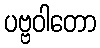
ပဗ္ဗဝါတော